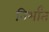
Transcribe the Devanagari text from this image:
निर्भांत